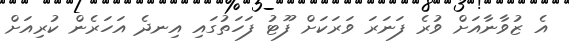
އެ ޒުވާނާއަށް ވުރެ ފަނަރަ ވަރަކަށް ފޫޓު ފަހަތުގައި އިނދެ އަހަރެން ކުރިއަށް